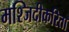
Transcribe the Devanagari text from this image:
मश्जिदीकरिता